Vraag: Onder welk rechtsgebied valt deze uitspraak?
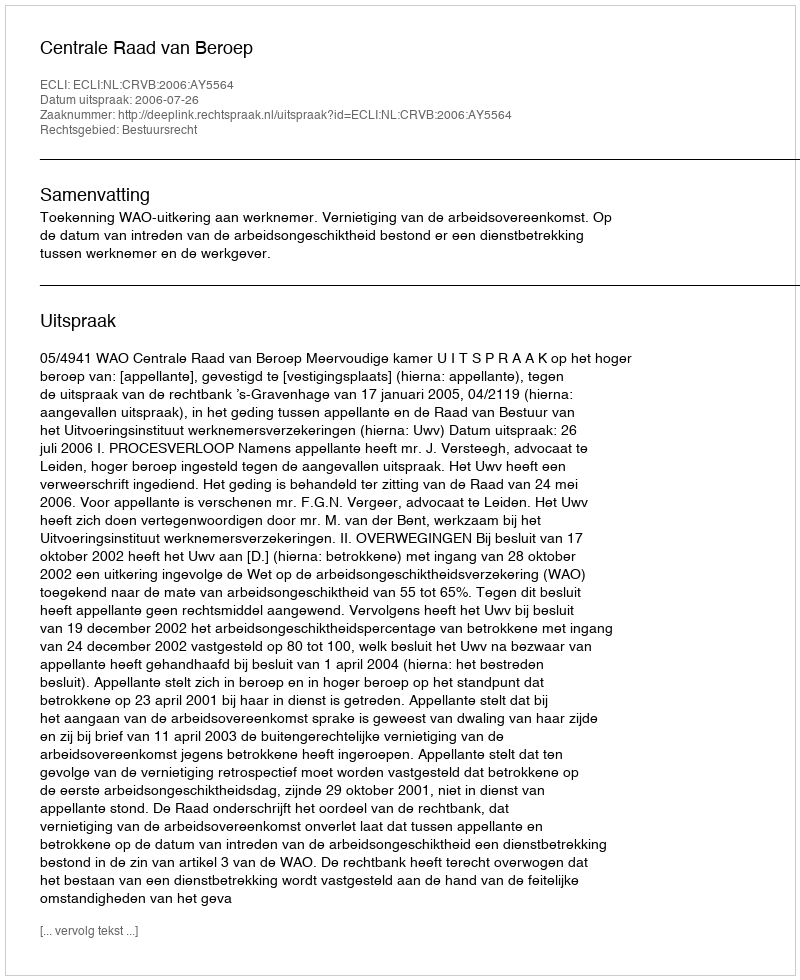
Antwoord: Bestuursrecht